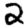
Digit: 2